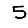
Digit: 5